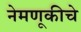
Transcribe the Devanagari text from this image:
नेमणूकीचे